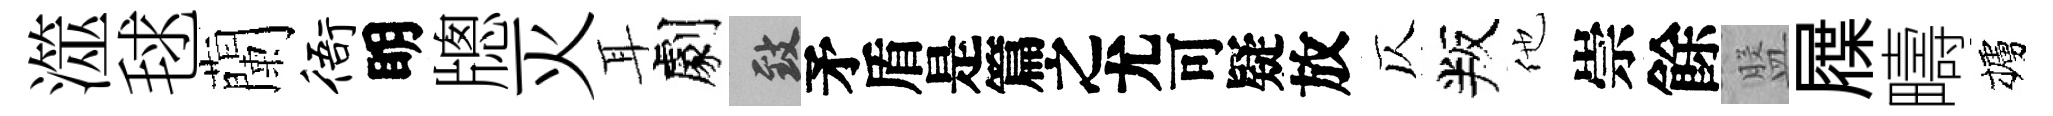
澨毬蘭衙眀牕灭耳劇致待放仄叛他崇餘盤屧疇櫨